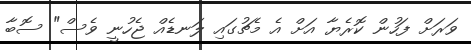
ވަރަށް ފަހުން ކޮރެޔާ އަށް އެ މެޗުގައި ލަނޑެއް ޖެހުނީ ވެސް" ސޮބާ